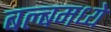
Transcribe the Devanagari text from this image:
बल्बमध्ये